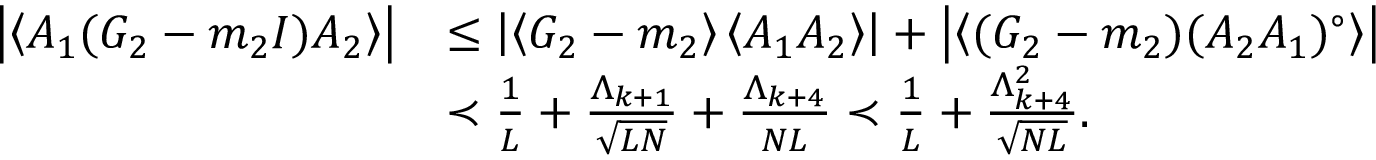
\begin{array} { r l } { \left| \left\langle { A _ { 1 } ( G _ { 2 } - m _ { 2 } I ) A _ { 2 } } \right\rangle \right| } & { \le \left| \left\langle { G _ { 2 } - m _ { 2 } } \right\rangle \left\langle { A _ { 1 } A _ { 2 } } \right\rangle \right| + \left| \left\langle { ( G _ { 2 } - m _ { 2 } ) ( A _ { 2 } A _ { 1 } ) ^ { \circ } } \right\rangle \right| } \\ & { \prec \frac { 1 } { L } + \frac { \Lambda _ { k + 1 } } { \sqrt { L N } } + \frac { \Lambda _ { k + 4 } } { N L } \prec \frac { 1 } { L } + \frac { \Lambda _ { k + 4 } ^ { 2 } } { \sqrt { N L } } . } \end{array}